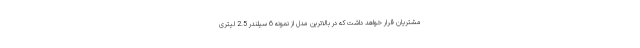
مشتریان قرار خواهد داشت که در بالاترین مدل از نمونه 6 سیلندر 2.5 لیتری